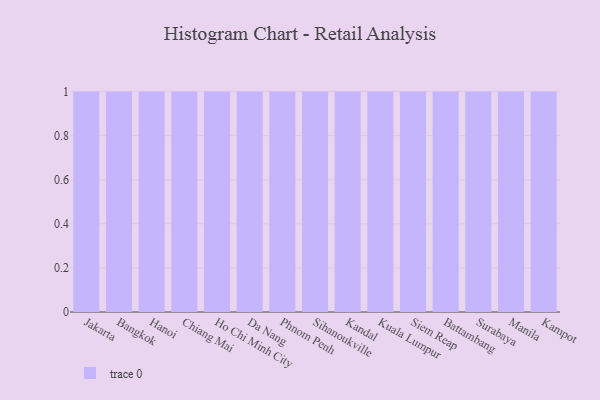
{"axis": {"x": "City", "y": "Budget (USD K)"}, "legend": [""], "data": [{"x": "Jakarta", "y": 4, "type": ""}, {"x": "Bangkok", "y": 98, "type": ""}, {"x": "Hanoi", "y": 9, "type": ""}, {"x": "Chiang Mai", "y": 33, "type": ""}, {"x": "Ho Chi Minh City", "y": 35, "type": ""}, {"x": "Da Nang", "y": 100, "type": ""}, {"x": "Phnom Penh", "y": 98, "type": ""}, {"x": "Sihanoukville", "y": 15, "type": ""}, {"x": "Kandal", "y": 46, "type": ""}, {"x": "Kuala Lumpur", "y": 43, "type": ""}, {"x": "Siem Reap", "y": 9, "type": ""}, {"x": "Battambang", "y": 94, "type": ""}, {"x": "Surabaya", "y": 8, "type": ""}, {"x": "Manila", "y": 1, "type": ""}, {"x": "Kampot", "y": 24, "type": ""}]}